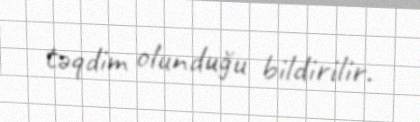
təqdim olunduğu bildirilir.